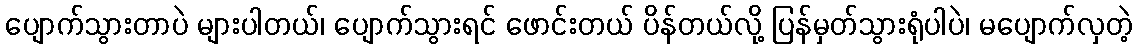
ပျောက်သွားတာပဲ များပါတယ်၊ ပျောက်သွားရင် ဖောင်းတယ် ပိန်တယ်လို့ ပြန်မှတ်သွားရုံပါပဲ၊ မပျောက်လှတဲ့